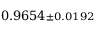
0 . 9 6 5 4 { \scriptstyle \pm 0 . 0 1 9 2 }